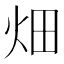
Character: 畑